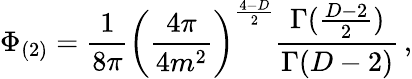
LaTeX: \Phi_{(2)}=\frac{1}{8\pi}\left(\frac{4\pi}{4m^{2}}\right)^{\frac{4-D}{2}}\frac{\Gamma({\frac{D-2}{2}})}{\Gamma(D-2)}\, ,